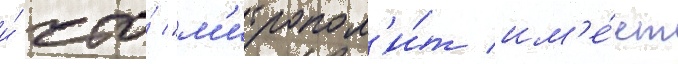
и́ что́ "м'итропол'и́т им'е́ет